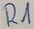
Text: R1